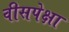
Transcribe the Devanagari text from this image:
वीसपेक्षा